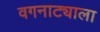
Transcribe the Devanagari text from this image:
वगनाट्याला